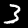
Label: 3